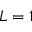
L = 1